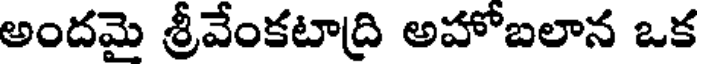
అందమై శ్రీవేంకటాద్రి అహోబలాన ఒక